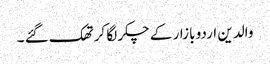
والدین اردو بازار کے چکر لگا کر تھک گئے ۔